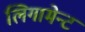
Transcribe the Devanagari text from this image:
लिगामेन्ट